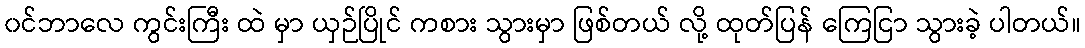
၀င်ဘာလေ ကွင်းကြီး ထဲ မှာ ယှဉ်ပြိုင် ကစား သွားမှာ ဖြစ်တယ် လို့ ထုတ်ပြန် ကြေငြာ သွားခဲ့ ပါတယ်။